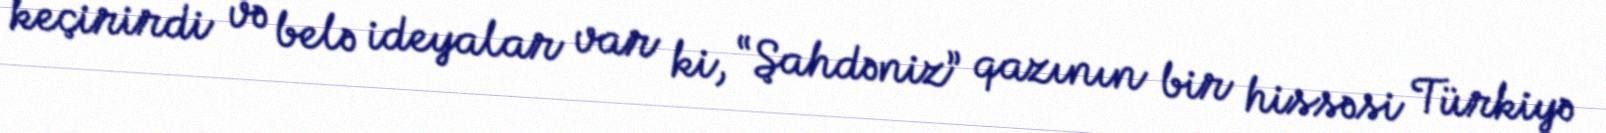
keçirirdi və belə ideyalar var ki, “Şahdəniz” qazının bir hissəsi Türkiyə